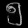
Digit: ၅